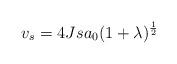
LaTeX: \begin{align*}v_s = 4 J s a_0 (1 + \lambda)^ {1\over 2}\end{align*}